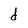
Character: d